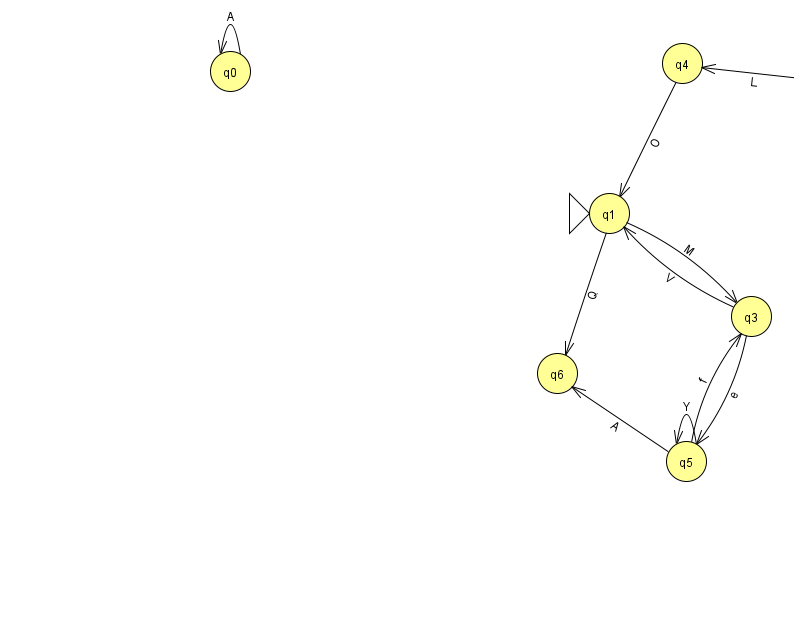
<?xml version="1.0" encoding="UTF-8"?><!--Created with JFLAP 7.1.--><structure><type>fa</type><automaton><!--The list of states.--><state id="0" name="q0"><x>230.0</x><y>58.0</y></state><state id="1" name="q1"><x>609.0</x><y>200.0</y><initial/></state><state id="2" name="q2"><x>829.0</x><y>66.0</y><final/></state><state id="3" name="q3"><x>751.0</x><y>303.0</y></state><state id="4" name="q4"><x>682.0</x><y>50.0</y></state><state id="5" name="q5"><x>686.0</x><y>448.0</y></state><state id="6" name="q6"><x>557.0</x><y>360.0</y></state><!--The list of transitions.--><transition><from>0</from><to>0</to><read>A</read></transition><transition><from>1</from><to>3</to><read>M</read></transition><transition><from>2</from><to>4</to><read>L</read></transition><transition><from>2</from><to>2</to><read>s</read></transition><transition><from>1</from><to>6</to><read>Q</read></transition><transition><from>5</from><to>6</to><read>A</read></transition><transition><from>3</from><to>5</to><read>e</read></transition><transition><from>5</from><to>5</to><read>Y</read></transition><transition><from>3</from><to>1</to><read>V</read></transition><transition><from>5</from><to>3</to><read>f</read></transition><transition><from>4</from><to>1</to><read>O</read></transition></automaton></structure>